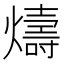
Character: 燽